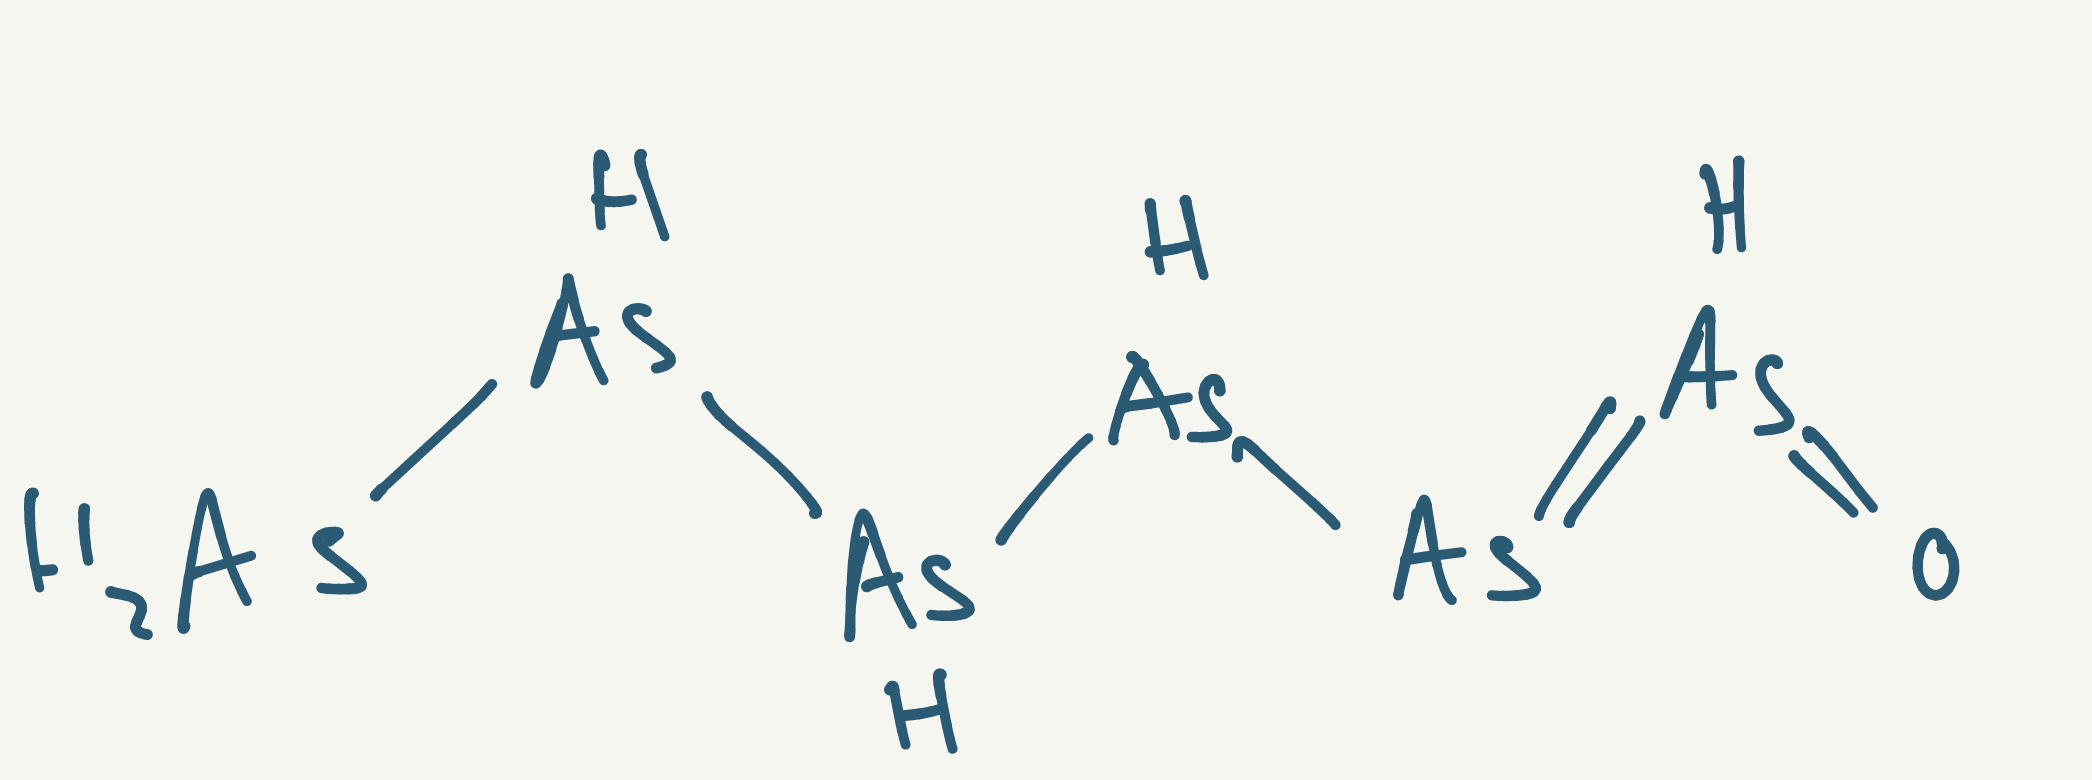
Simplified molecular-input line-entry system (SMILES) notation of the given molecule:
O=[AsH]=[As][AsH][AsH][AsH][AsH2]